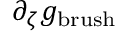
\partial _ { \zeta } g _ { \mathrm { b r u s h } }